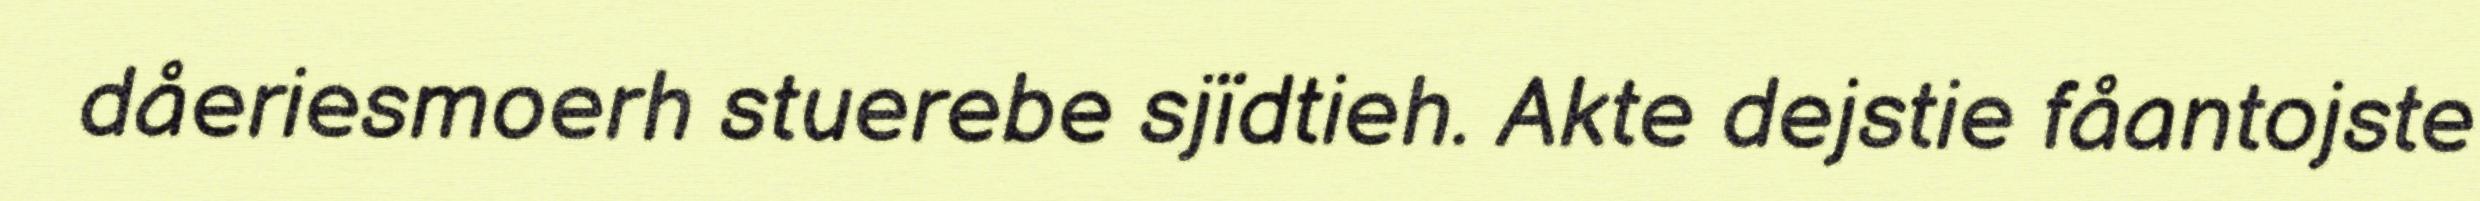
dåeriesmoerh stuerebe sjïdtieh. Akte dejstie fåantojste